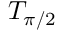
T _ { \pi / 2 }